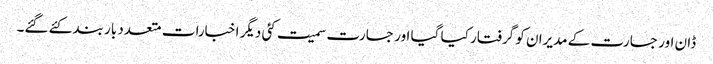
ڈان اور جسارت کے مدیران کو گرفتار کیا گیا اور جسارت سمیت کئی دیگر اخبارات متعدد بار بند کئے گئے۔